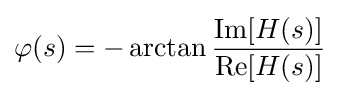
\varphi (s)=-\arctan {\frac {\operatorname {Im} [H(s)]}{\operatorname {Re} [H(s)]}}